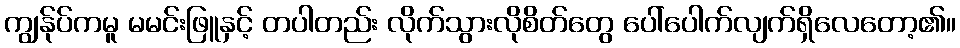
ကျွန်ုပ်ကမူ မမင်းဖြူနှင့် တပါတည်း လိုက်သွားလိုစိတ်တွေ ပေါ်ပေါက်လျက်ရှိလေတော့၏။